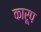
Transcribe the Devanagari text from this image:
कारूप